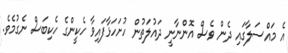
އެ މައްސަލާގައި ދެން ވެސް އޮންނާނީ ދައުލަތުން ހުށަހަޅާފައިވާ ހެކީންގެ ހެކިބަސް ނެގުމެވެ.